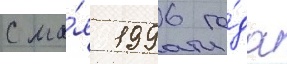
С ма́я 1996 го́да